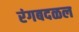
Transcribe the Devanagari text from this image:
रंगबदळल